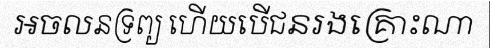
អចលនទ្រព្យ ហើយបើជនរងគ្រោះណា